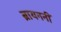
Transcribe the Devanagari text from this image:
ब्रायननीं